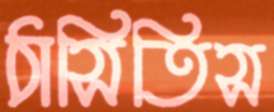
ঠাসিতিস